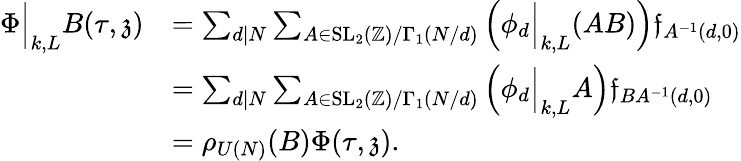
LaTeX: \begin{array}{rl}{\Phi\Big|_{k,L}B(\tau,\mathfrak{z})}&{=\sum_{d|N}\sum_{A\in\mathrm{SL}_{2}(\mathbb{Z})/\Gamma_{1}(N/d)}\Big(\phi_{d}\Big|_{k,L}(AB)\Big)\mathfrak{f}_{A^{-1}(d,0)}}\\ &{=\sum_{d|N}\sum_{A\in\mathrm{SL}_{2}(\mathbb{Z})/\Gamma_{1}(N/d)}\Big(\phi_{d}\Big|_{k,L}A\Big)\mathfrak{f}_{BA^{-1}(d,0)}}\\ &{=\rho_{U(N)}(B)\Phi(\tau,\mathfrak{z}).}\end{array}